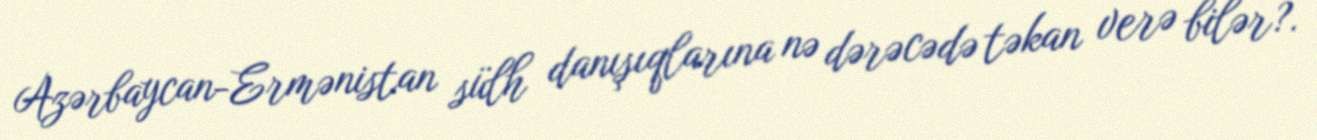
Azərbaycan-Ermənistan sülh danışıqlarına nə dərəcədə təkan verə bilər?.